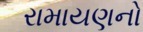
રામાયણનો